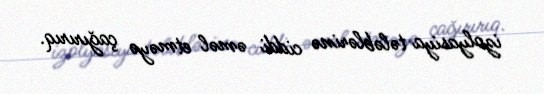
izolyasiya tələblərinə ciddi əməl etməyə çağırırıq.